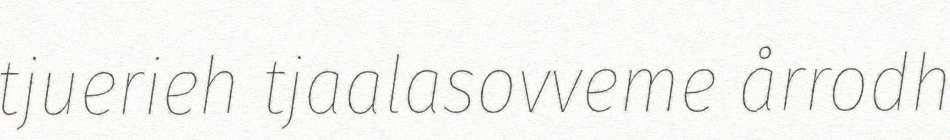
tjuerieh tjaalasovveme årrodh